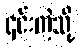
၎င်းကဲ့သို့